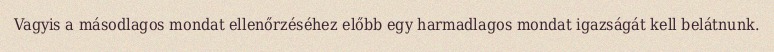
Vagyis a másodlagos mondat ellenőrzéséhez előbb egy harmadlagos mondat igazságát kell belátnunk.